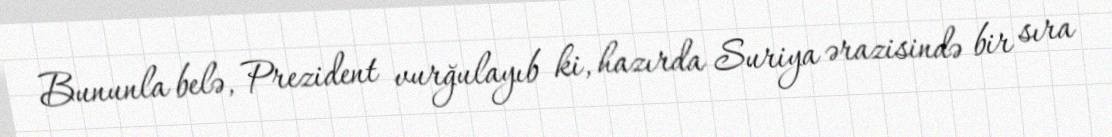
Bununla belə, Prezident vurğulayıb ki, hazırda Suriya ərazisində bir sıra